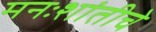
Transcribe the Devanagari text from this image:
मनःशांतीचे